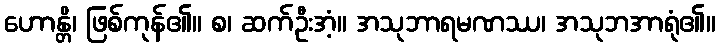
ဟောန္တိ၊ ဖြစ်ကုန်၏။ စ၊ ဆက်ဦးအံ့။ အသုဘာရမဏဿ၊ အသုဘအာရုံ၏။